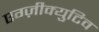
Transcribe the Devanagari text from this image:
एग्ज़ीक्युटिव